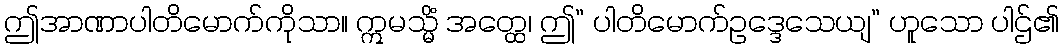
ဤအာဏာပါတိမောက်ကိုသာ။ ဣမသ္မိံ အတ္ထေ၊ ဤ” ပါတိမောက်ဥဒ္ဒေသေယျ” ဟူသော ပါဌ်၏